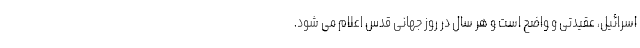
اسرائیل، عقیدتی و واضح است و هر سال در روز جهانی قدس اعلام می شود.